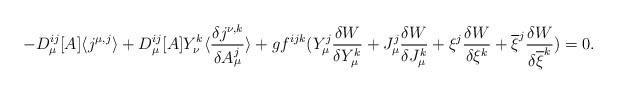
LaTeX: \begin{align*}-D_{\mu}^{ij}[A]\langle j^{\mu ,j}\rangle +D_{\mu}^{ij}[A]Y_{\nu}^k\langle\frac{\delta j^{\nu,k}}{\delta A_{\mu}^j}\rangle+gf^{ijk}(Y_{\mu}^j\frac{\delta W}{\delta Y_{\mu}^k}+J_{\mu}^j\frac{\delta W}{\delta J_{\mu}^k}+\xi ^j\frac{\delta W}{\delta \xi ^k}+\overline{\xi}^j\frac{\delta W}{\delta \overline{\xi}^k})=0.\end{align*}